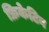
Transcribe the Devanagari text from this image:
फ्रिकेटिव